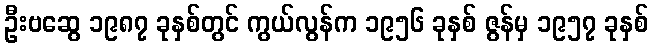
ဦးဗဆွေ ၁၉၈၇ ခုနှစ်တွင် ကွယ်လွန်က ၁၉၅၆ ခုနှစ် ဇွန်မှ ၁၉၅၇ ခုနှစ်